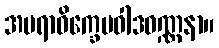
အမရာဝိက္ခေပဝါဒဝဏ္ဏနာ။